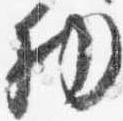
物